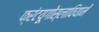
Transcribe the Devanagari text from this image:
फ्रंटयूगोस्लावियामें